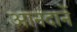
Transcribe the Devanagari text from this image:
आनंदानें